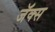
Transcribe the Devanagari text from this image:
जॅक्स